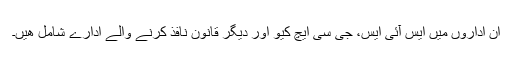
ان اداروں ميں ايس آئی ايس، جی سی ايچ کيو اور ديگر قانون نافذ کرنے والے ادارے شامل ھيں۔